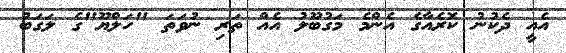
އެއީ ދެކުނު ކޮރެއާގެ އެންމެ މަގުބޫލު އެއް ތަރި ނުވަތަ "ހަލްޔޫ"ގެ ލަގަބު